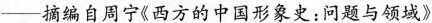
——摘编自周宁《西方的中国形象史：问题与领域》